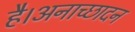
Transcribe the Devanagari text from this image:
है।अनाच्छादन